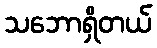
သဘောရှိတယ်